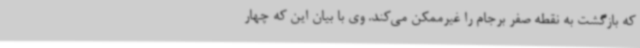
که بازگشت به نقطه صفر برجام را غیرممکن می‌کند. وی با بیان این که چهار